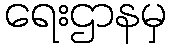
ရေးဌာနမှ